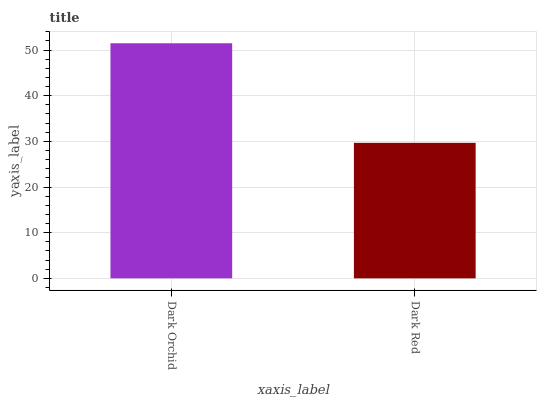
| xaxis_label | bars |
 | --- | --- |
 | Dark Orchid | 51.5 |
 | Dark Red | 29.7 |